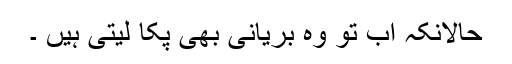
حالانکہ اب تو وہ بريانى بھی پکا ليتى ہیں ۔